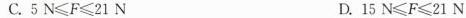
C.$$5 N ≤ F ≤ 2 1 N$$ D.$$1 5 N ≤ F ≤ 2 1 N$$